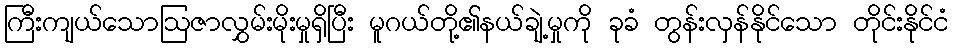
ကြီးကျယ်သောဩဇာလွှမ်းမိုးမှုရှိပြီး မူဂယ်တို့၏နယ်ချဲ့မှုကို ခုခံ တွန်းလှန်နိုင်သော တိုင်းနိုင်ငံ